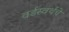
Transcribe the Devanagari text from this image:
वर्डस्वर्थचे